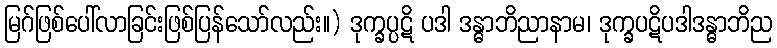
မြဂ်ဖြစ်ပေါ်လာခြင်းဖြစ်ပြန်သော်လည်း။) ဒုက္ခပ္ပဋိ ပဒါ ဒန္ဓာဘိညာနာမ၊ ဒုက္ခပဋိပဒါဒန္ဓာဘိည